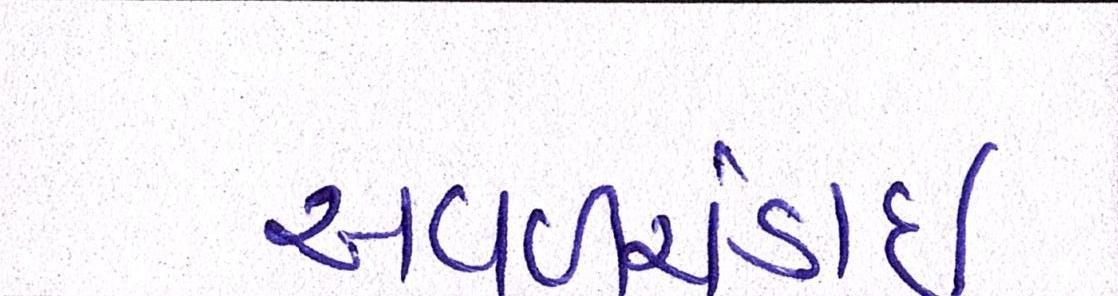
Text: અવળચંડાઇ